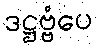
ဒဋ္ဌဗ္ဗံပေ